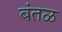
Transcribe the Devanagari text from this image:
बंतळ